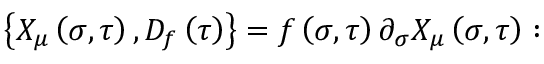
\left\{ X _ { \mu } \left( \sigma , \tau \right) , D _ { f } \left( \tau \right) \right\} = f \left( \sigma , \tau \right) \partial _ { \sigma } X _ { \mu } \left( \sigma , \tau \right) :